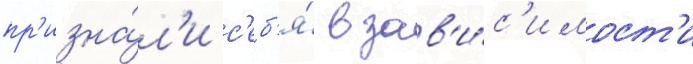
пр'изна́л'и с'еб'я́ в зав'и́с'имост'и